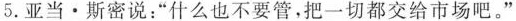
5. 亚当 · 斯密说：“什么也不要管，把一切都交给市场吧。”